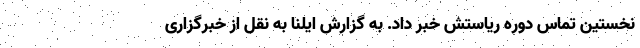
نخستین تماس دوره ریاستش خبر داد. به گزارش ایلنا به نقل از خبرگزاری